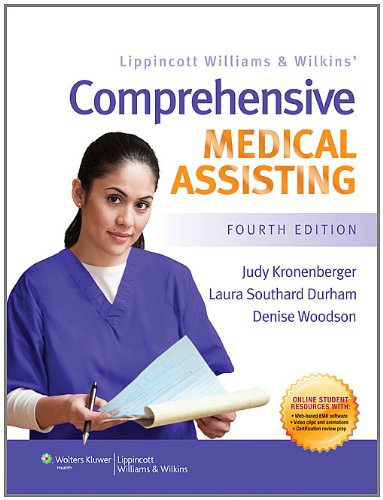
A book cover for Lippincott Williams & Wilkins' Comprehensive Medical Assisting; Judy Kronenberger PhD  RN  CMA(AAMA); Medical Books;